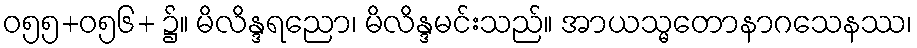
ဝ၅၅+ဝ၅၆+ ၌။ မိလိန္ဒရညော၊ မိလိန္ဒမင်းသည်။ အာယသ္မတောနာဂသေနဿ၊